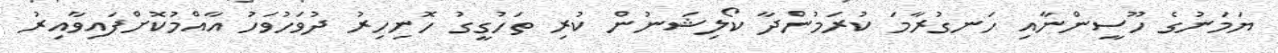
ޔަމަނުގެ ހޫސީންނާއި ހަނގުރާމަ ކުރަމުންދާ ކޯލިޝަނުން ކުރި ތަހުގީގު ހޮނިހިރު ދުވަހުވަހު އާއްމުކޮށްފައިވާއިރު